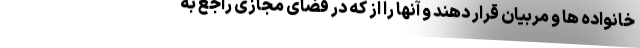
خانواده ها و مربیان قرار دهند و آنها را از که در فضای مجازی راجع به